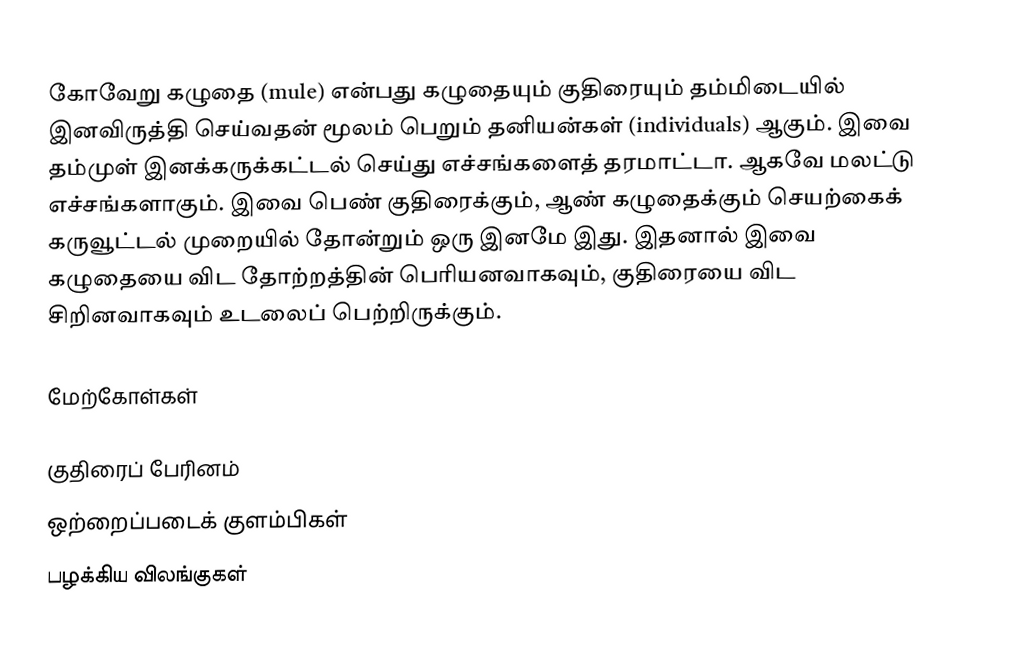
கோவேறு கழுதை (mule) என்பது கழுதையும் குதிரையும் தம்மிடையில் இனவிருத்தி செய்வதன் மூலம் பெறும் தனியன்கள் (individuals) ஆகும். இவை தம்முள் இனக்கருக்கட்டல் செய்து எச்சங்களைத் தரமாட்டா. ஆகவே  மலட்டு எச்சங்களாகும். இவை பெண் குதிரைக்கும், ஆண் கழுதைக்கும் செயற்கைக் கருவூட்டல் முறையில் தோன்றும் ஒரு இனமே இது. இதனால் இவை கழுதையை விட தோற்றத்தின் பெரியனவாகவும், குதிரையை விட சிறினவாகவும் உடலைப் பெற்றிருக்கும்.

மேற்கோள்கள்

குதிரைப் பேரினம்
ஒற்றைப்படைக் குளம்பிகள்
பழக்கிய விலங்குகள்